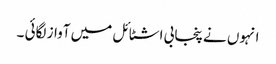
انہوں نے پنجابی اشٹائل میں آواز لگائی ۔